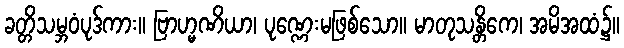
ခတ္တိသမ္ဘဝံပုဒ်ကား။ ဗြာဟ္မဏိယာ၊ ပုဏ္ဏေးမဖြစ်သော။ မာတုသန္တိကေ၊ အမိအထံ၌။